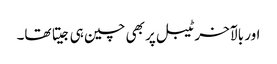
اور بالآخر ٹیبل پر بھی چین ہی جیتا تھا۔